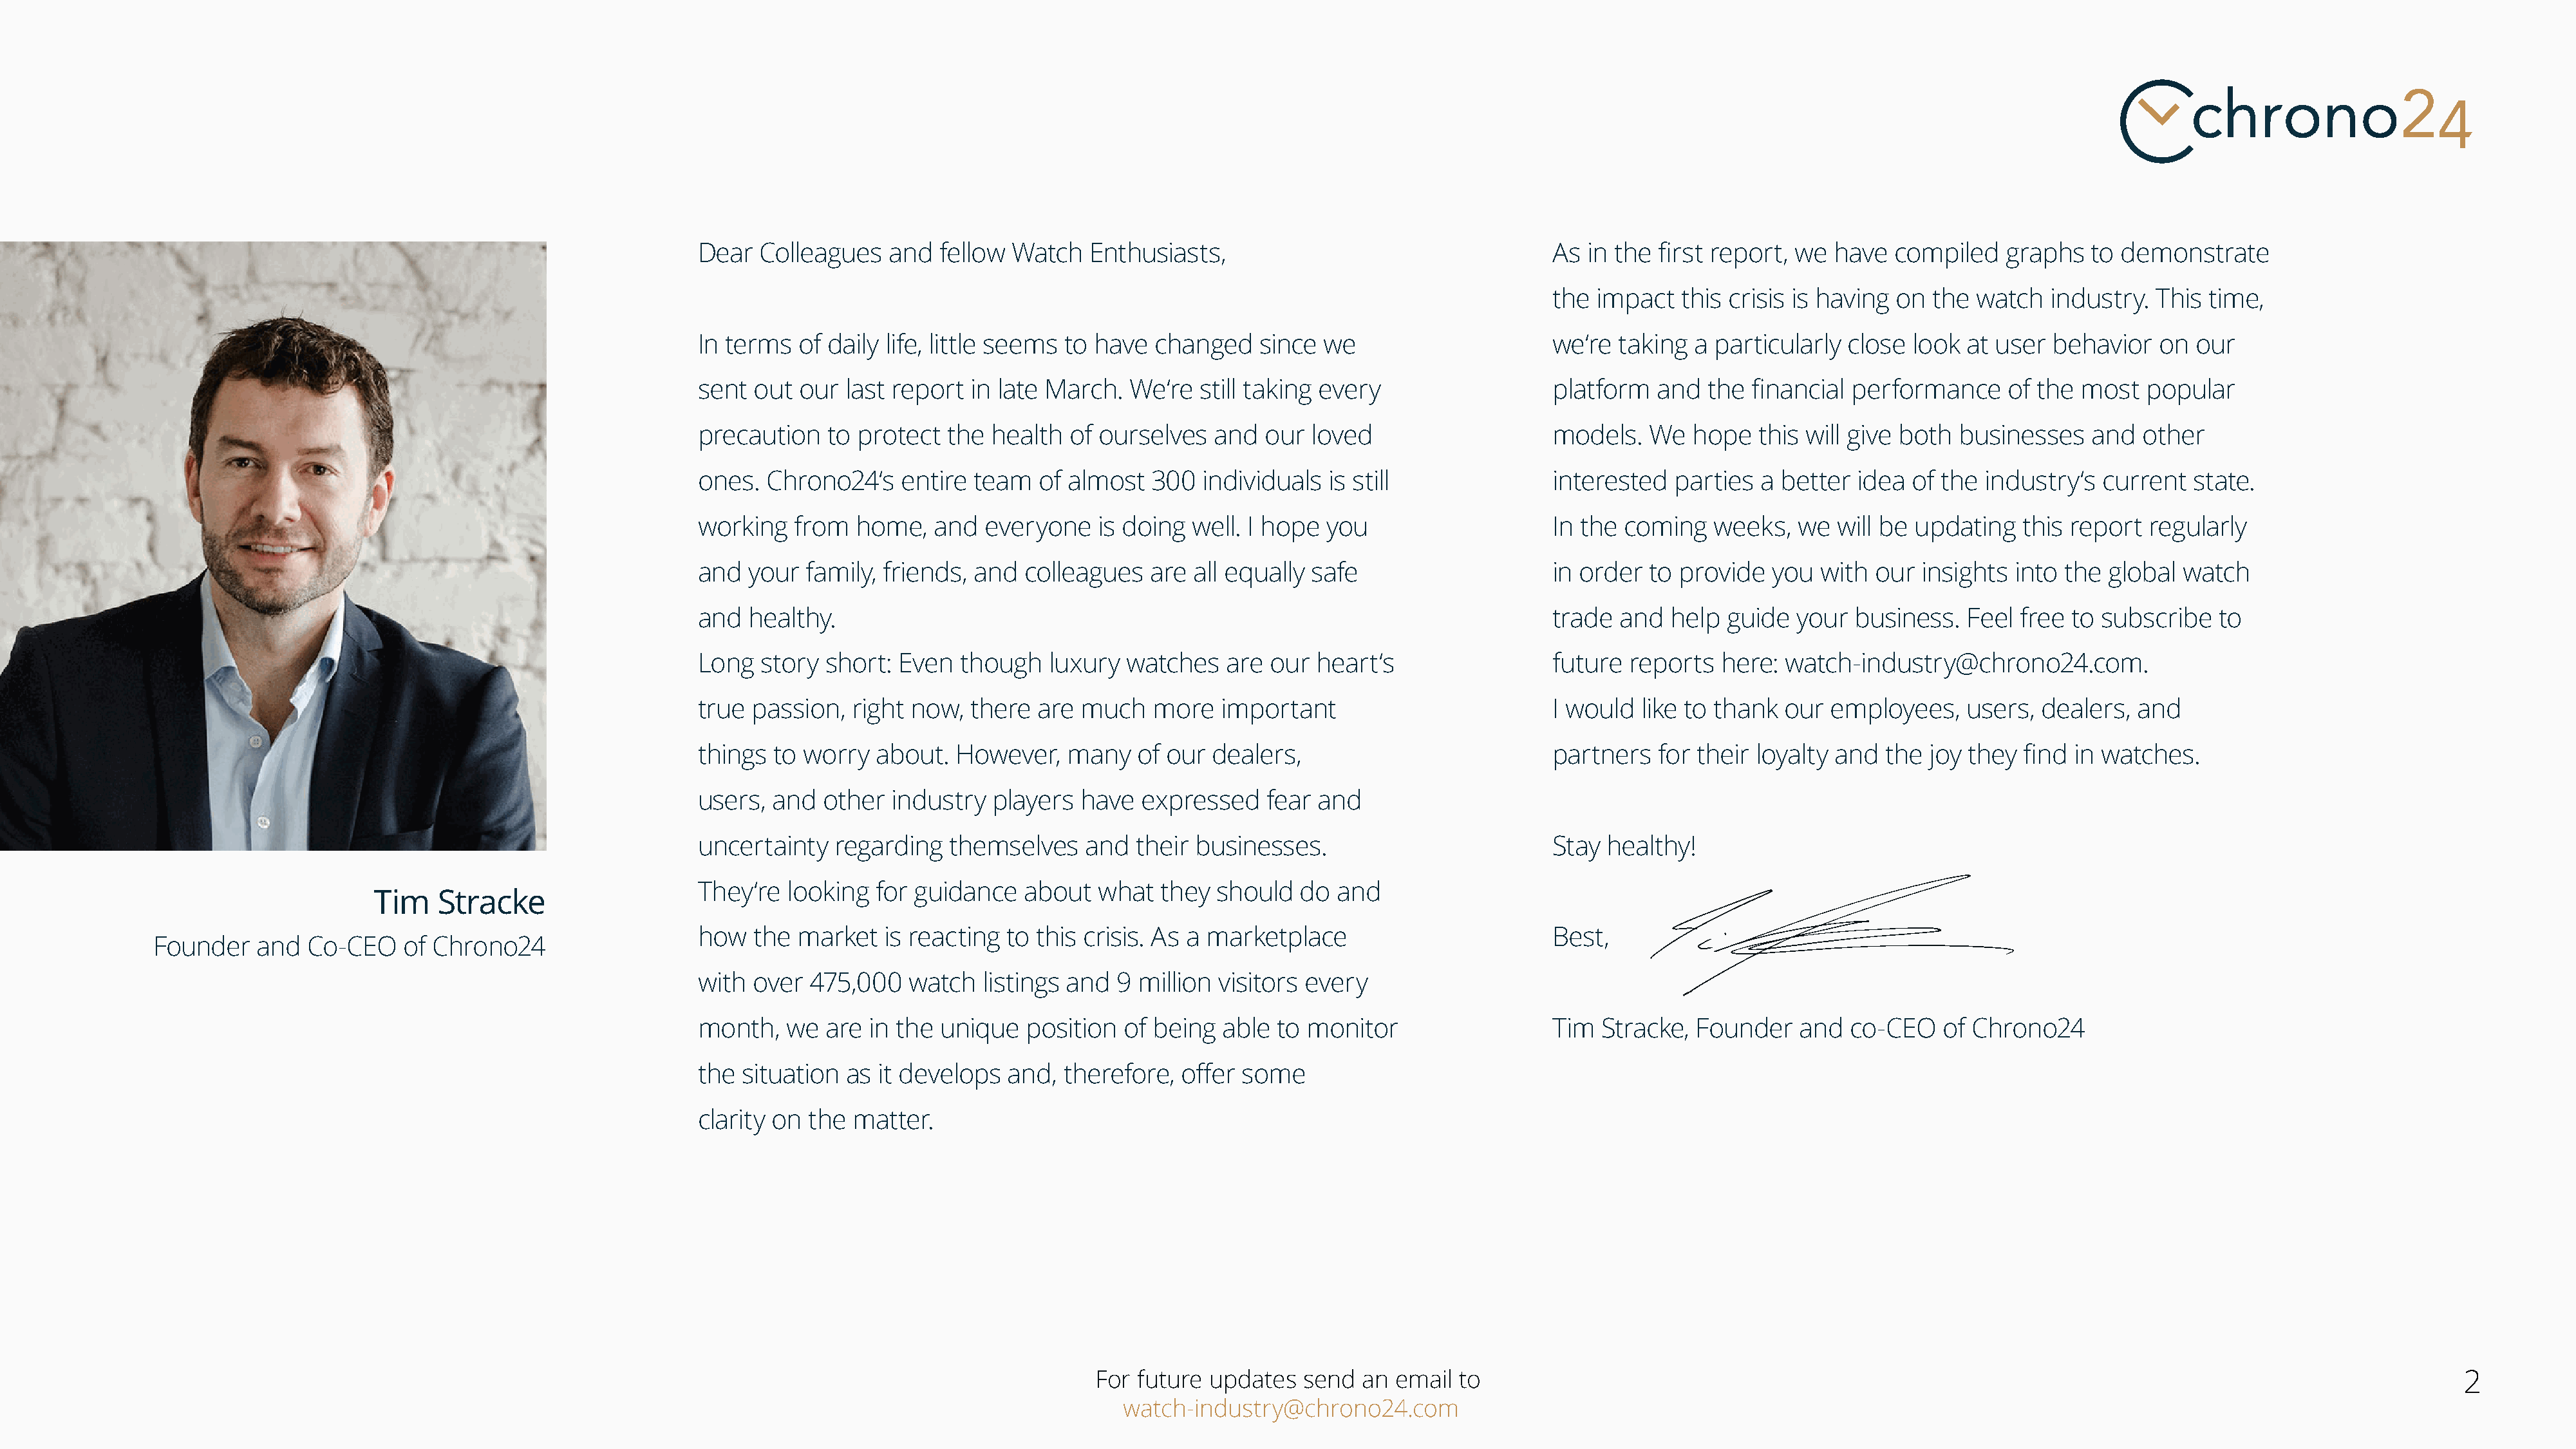
Dear  Colleagues   and   fellow Watch   Enthusiasts,                                    As in the first report, we   have  compiled   graphs   to demonstrate
 the impact   this crisis is having on  the watch   industry.  This time,
 In terms  of daily life, little seems to have  changed   since  we                      we‘re taking  a particularly  close  look at user  behavior   on  our
 sent out  our  last report  in late March.  We‘re  still taking every                   platform  and   the financial performance     of the  most   popular
 precaution   to protect  the  health  of ourselves   and  our  loved                    models.   We  hope   this will give both businesses    and  other
 ones.  Chrono24‘s    entire team   of almost  300   individuals  is still               interested  parties  a better  idea  of the industry‘s  current  state.
 working   from  home,   and  everyone    is doing  well. I hope you                     In the coming   weeks,   we  will be updating   this report  regularly
 and  your  family, friends, and  colleagues   are  all equally safe                     in order  to provide  you  with  our  insights into the  global watch
 and  healthy.                                                                           trade  and  help guide   your  business.  Feel  free to subscribe   to
 Long  story  short: Even   though   luxury  watches   are  our heart‘s                  future reports   here:  watch-industry@chrono24.com.
 true passion,   right now,  there  are much    more   important                         I would  like to thank our  employees,    users,  dealers,  and
 things  to worry  about.  However,    many   of our  dealers,                           partners  for their loyalty  and  the joy they  find in watches.
 users, and   other  industry  players  have  expressed    fear and
 uncertainty   regarding   themselves    and  their businesses.                          Stay healthy!
 They‘re  looking  for guidance   about   what  they  should   do and
 Tim    Stracke
 how  the  market   is reacting to this crisis. As a marketplace                         Best,
 Founder   and   Co-CEO   of Chrono24
 with over  475,000   watch   listings and  9 million visitors every
 month,   we  are in the  unique  position   of being  able to monitor                   Tim  Stracke, Founder    and  co-CEO    of Chrono24
 the situation  as it develops   and, therefore,  offer  some
 clarity on the  matter.
 For future updates   send  an email  to                                                                                                     2
 watch-industry@chrono24.com